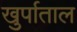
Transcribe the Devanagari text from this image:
खुर्पाताल